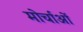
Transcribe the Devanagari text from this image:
मोर्चाओं